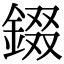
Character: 錣